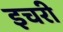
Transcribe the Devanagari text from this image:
इचरी